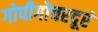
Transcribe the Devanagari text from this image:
गोपीगोचरदूरं